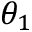
\theta _ { 1 }